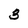
Character: 3